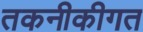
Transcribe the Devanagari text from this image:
तकनीकीगत